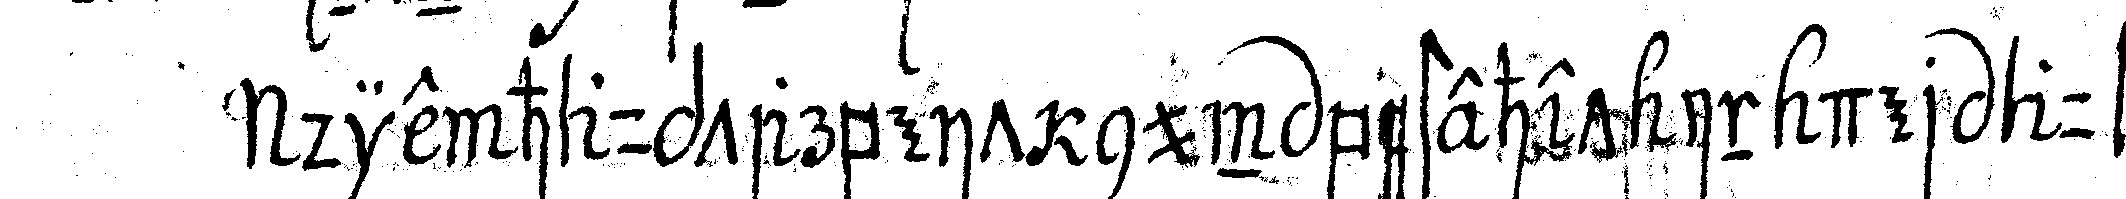
die hauptarbeit nun bestehet in der auf